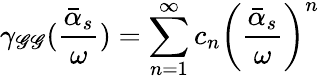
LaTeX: \gamma_{\mathscr{G}\mathscr{G}}({\frac{{\bar{{\alpha}}_{s}}}{{\omega}}})=\sum_{n=1}^{\infty}c_{n}\left({\frac{{\bar{{\alpha}}_{s}}}{{\omega}}}\right)^{n}